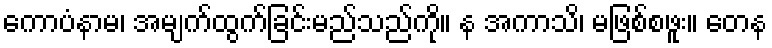
ကောပံနာမ၊ အမျက်ထွက်ခြင်းမည်သည်ကို။ န အကာသိ၊ မဖြစ်စဖူး။ တေန